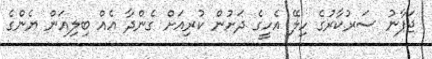
ޖަޕާނު ސަރުކާރުގެ ހިލޭ އެހީގެ ދަށުން ކުރިއަށް ގެންދާ އެއް ބިލިއަން ޔެންގެ